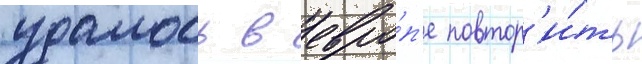
удалось в евро́п'е повтор'и́ть